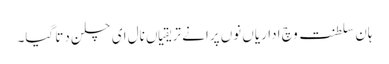
ہان سلطنت وچ اداریاں نوں پرانے تریقیاں نال ای چلن دتا گیا۔